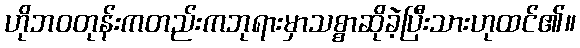
ဟိုဘဝတုန်းကတည်းကဘုရားမှာသစ္စာဆိုခဲ့ပြီးသားဟုထင်၏။